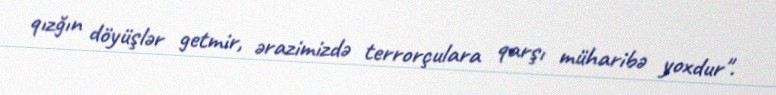
qızğın döyüşlər getmir, ərazimizdə terrorçulara qarşı müharibə yoxdur".